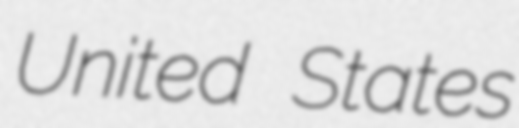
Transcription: United States